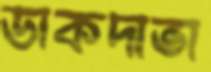
ডাকদাতা